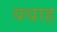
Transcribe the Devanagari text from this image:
यथाह